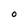
Character: 0